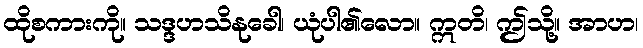
ထိုစကားကို။ သဒ္ဒဟသိနုခေါ၊ ယုံပါ၏လော။ ဣတိ၊ ဤသို့။ အာဟ၊